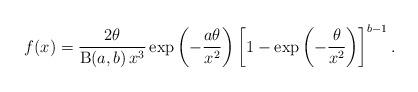
LaTeX: \begin{align*}f(x)=\frac{2\theta}{\operatorname{B}(a,b)\,x^3}\exp\left(-\frac{a\theta}{x^2}\right)\left[1-\exp\left(-\frac{\theta}{x^2}\right)\right]^{b-1}.\end{align*}